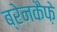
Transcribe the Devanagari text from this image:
ब्रेनकैफ़े